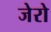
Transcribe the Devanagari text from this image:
जेरो